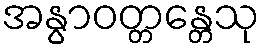
အနွာဝတ္တန္တေသု